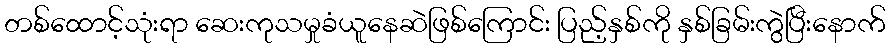
တစ်ထောင့်သုံးရာ ဆေးကုသမှုခံယူနေဆဲဖြစ်ကြောင်း ပြည့်နှစ်ကို နှစ်ခြမ်းကွဲပြီးနောက်